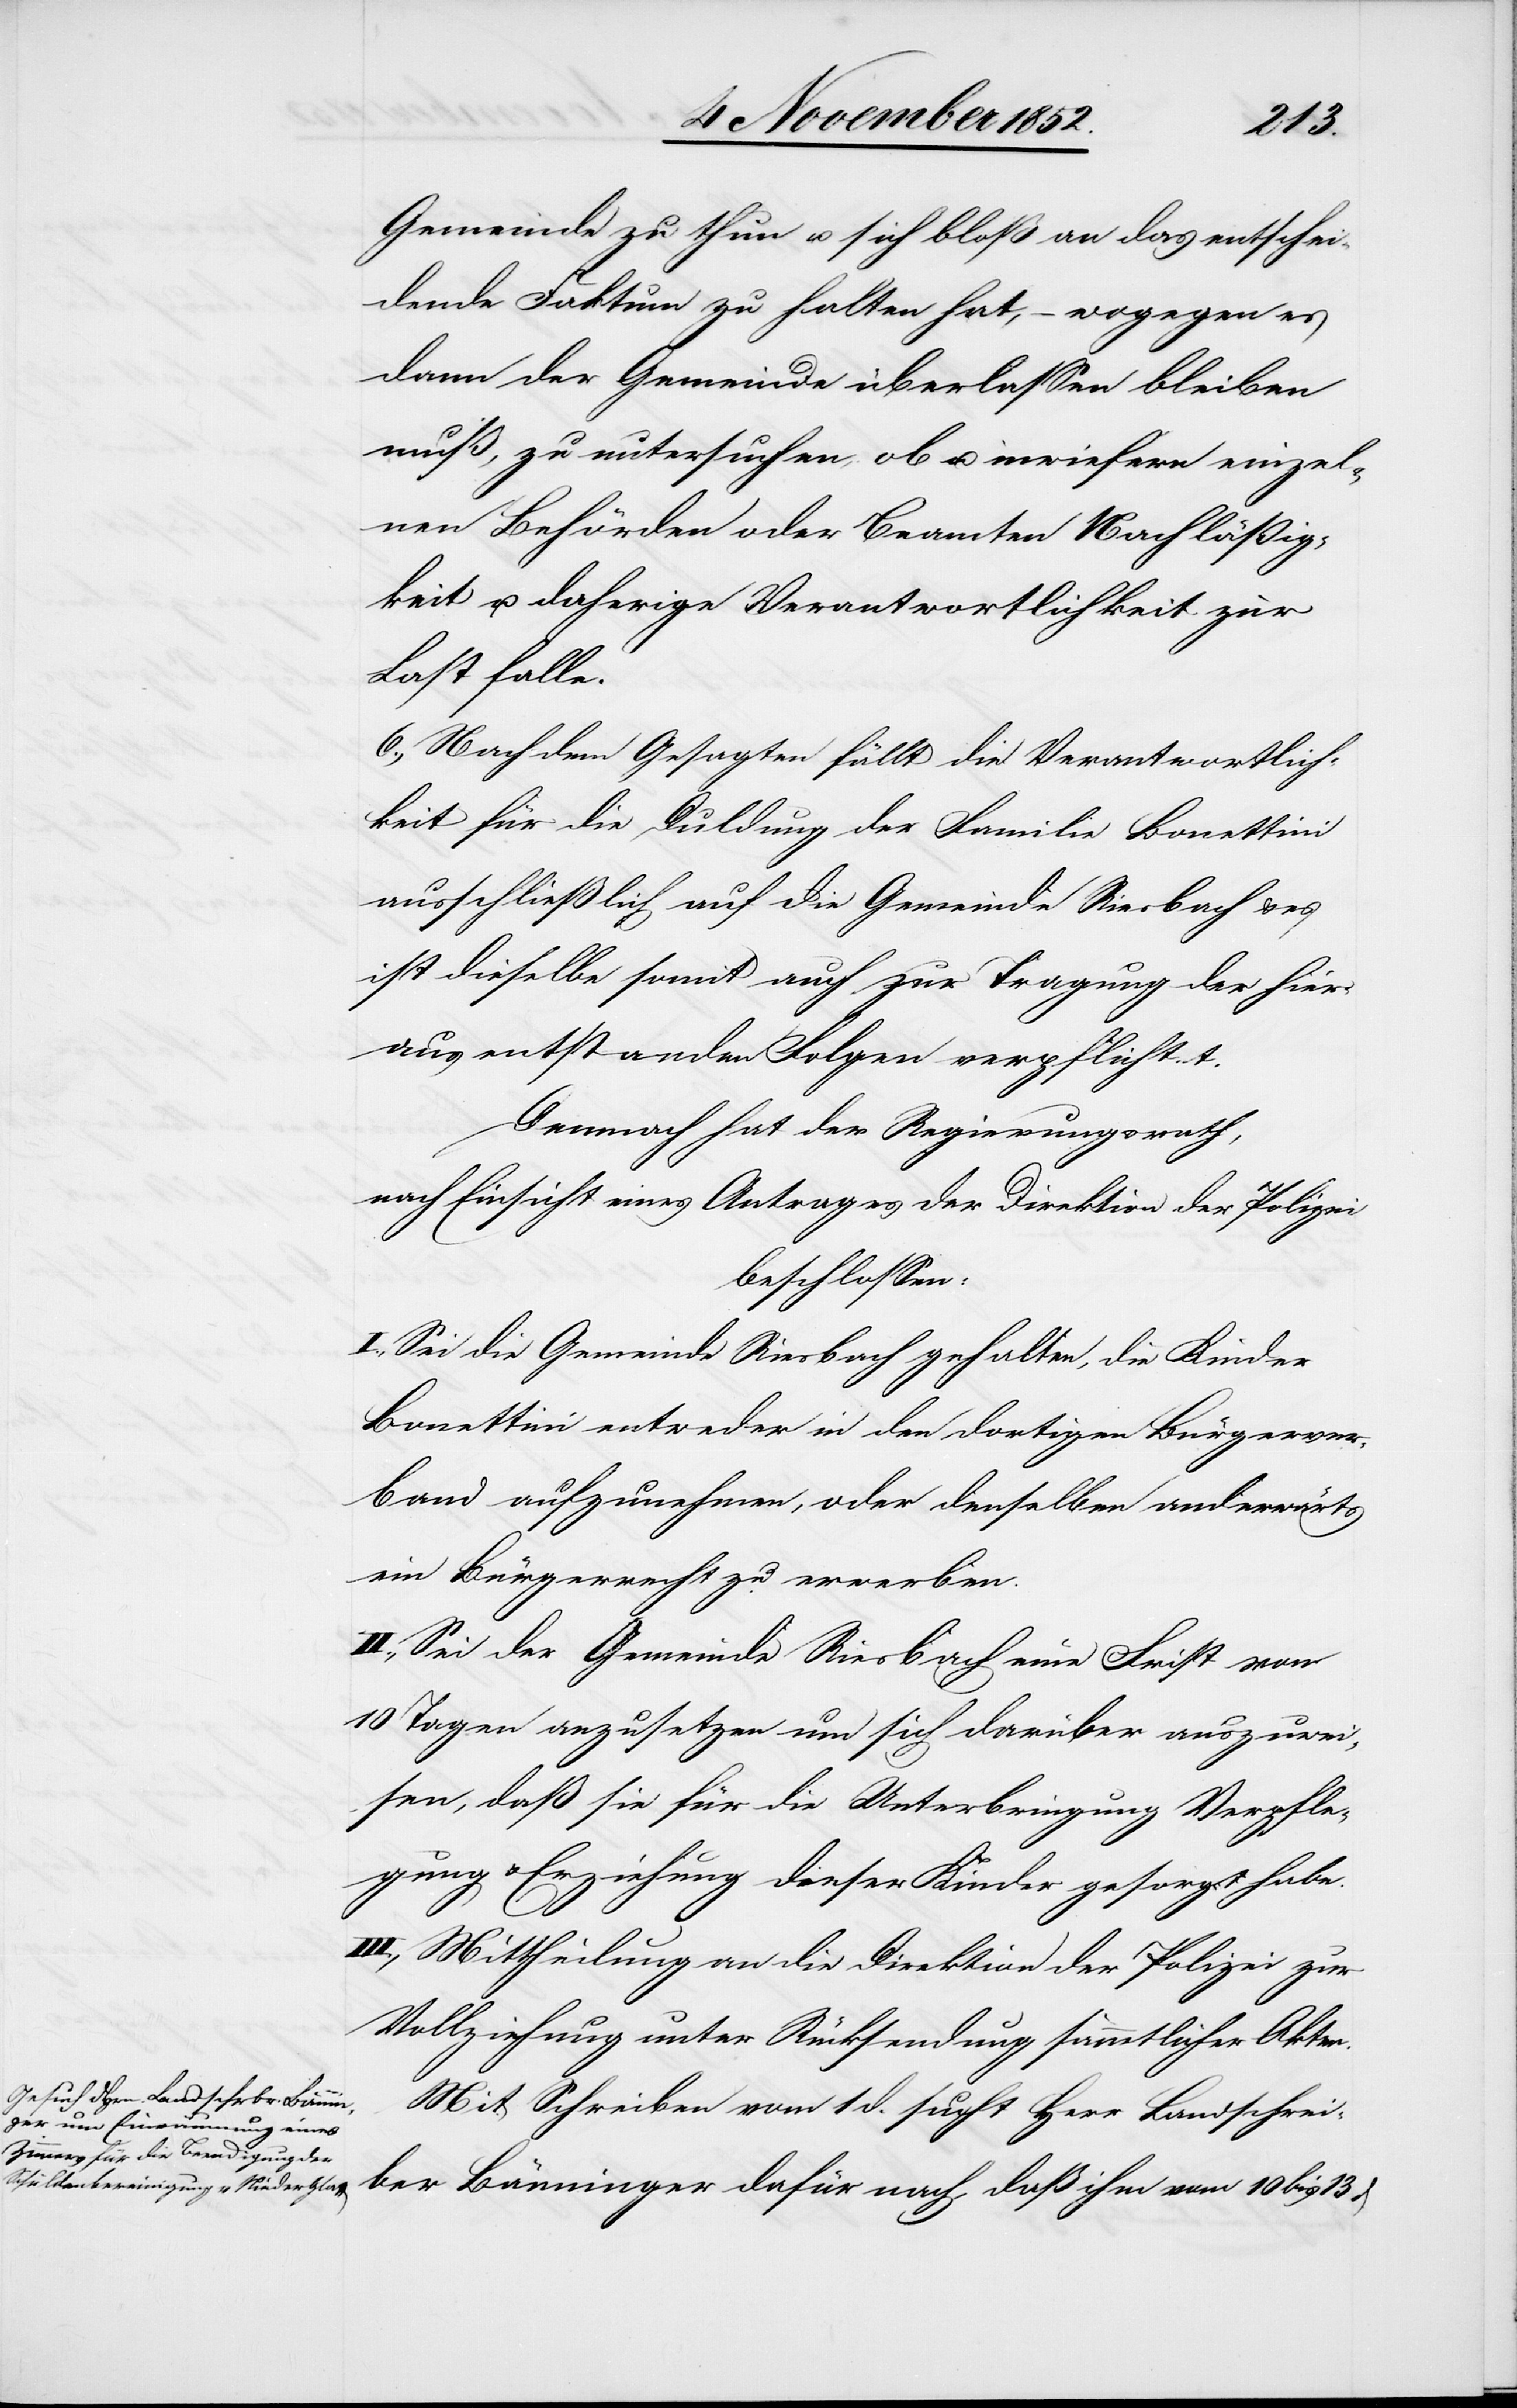
Gemeinde zu thun u. sich bloß an das entschei¬
dende Faktum zu halten hat, – wogegen es
dann der Gemeinde überlassen bleiben
muß, zu untersuchen, ob u. inwiefern einzel¬
nen Behörden oder Beamten Nachläßig¬
keit u. daherige Verantwortlichkeit zur
Last falle.
6., Nach dem Gesagten fällt die Verantwortlich¬
keit für die Duldung der Familie Bonettini
ausschließlich auf die Gemeinde Riesbach & es
ist dieselbe somit auch zur Tragung der hier¬
aus entstanden[en] Folgen verpflichtet.
Demnach hat der Regierungsrath,
nach Einsicht eines Antrages der Direktion der Polizei
beschlossen:
I., Sei die Gemeinde Riesbach gehalten, die Kinder
Bonettini entweder in den dortigen Bürgerver¬
band aufzunehmen, oder denselben anderwärts
ein Bürgerrecht zu erwerben.
II., Sei der Gemeinde Riesbach eine Frist von
10 Tagen anzusetzen um sich darüber auszuwei¬
sen, daß sie für die Unterbringung[,] Verpfle¬
gung & Erziehung dieser Kinder gesorgt habe.
III., Mittheilung an die Direktion der Polizei zur
Vollziehung unter Rücksendung sämmtlicher Akten.
Mit Schreiben vom 1 d. sucht Herr Landschrei¬
ber Bänninger dafür nach, daß ihm vom 10 bis 13